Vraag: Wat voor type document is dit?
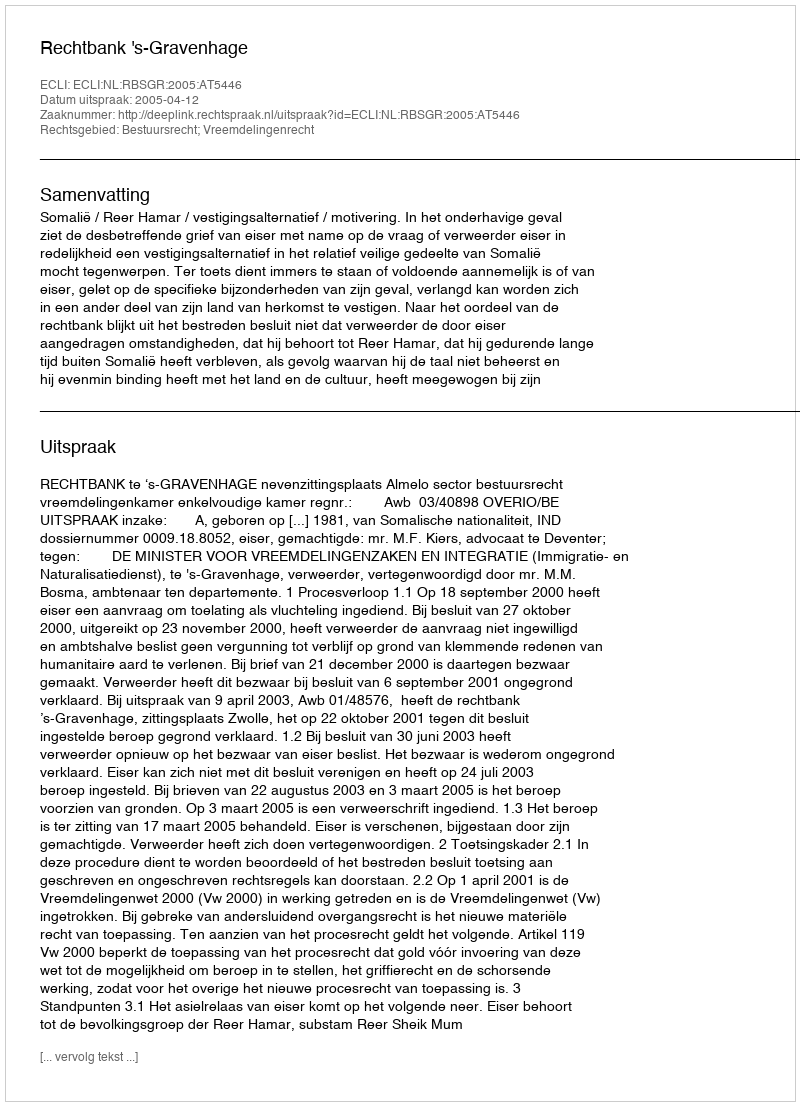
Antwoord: Uitspraak